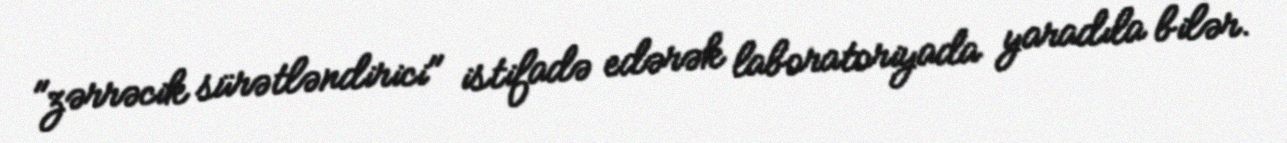
"zərrəcik sürətləndirici" istifadə edərək laboratoriyada yaradıla bilər.